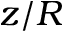
z / R